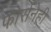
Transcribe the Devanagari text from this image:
फोर्सनेही